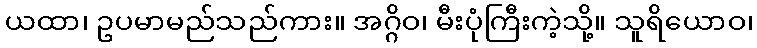
ယထာ၊ ဥပမာမည်သည်ကား။ အဂ္ဂိဝ၊ မီးပုံကြီးကဲ့သို့။ သူရိယောဝ၊